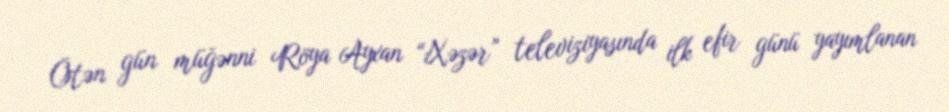
Ötən gün müğənni Röya Ayxan “Xəzər” televiziyasında ilk efir günü yayımlanan